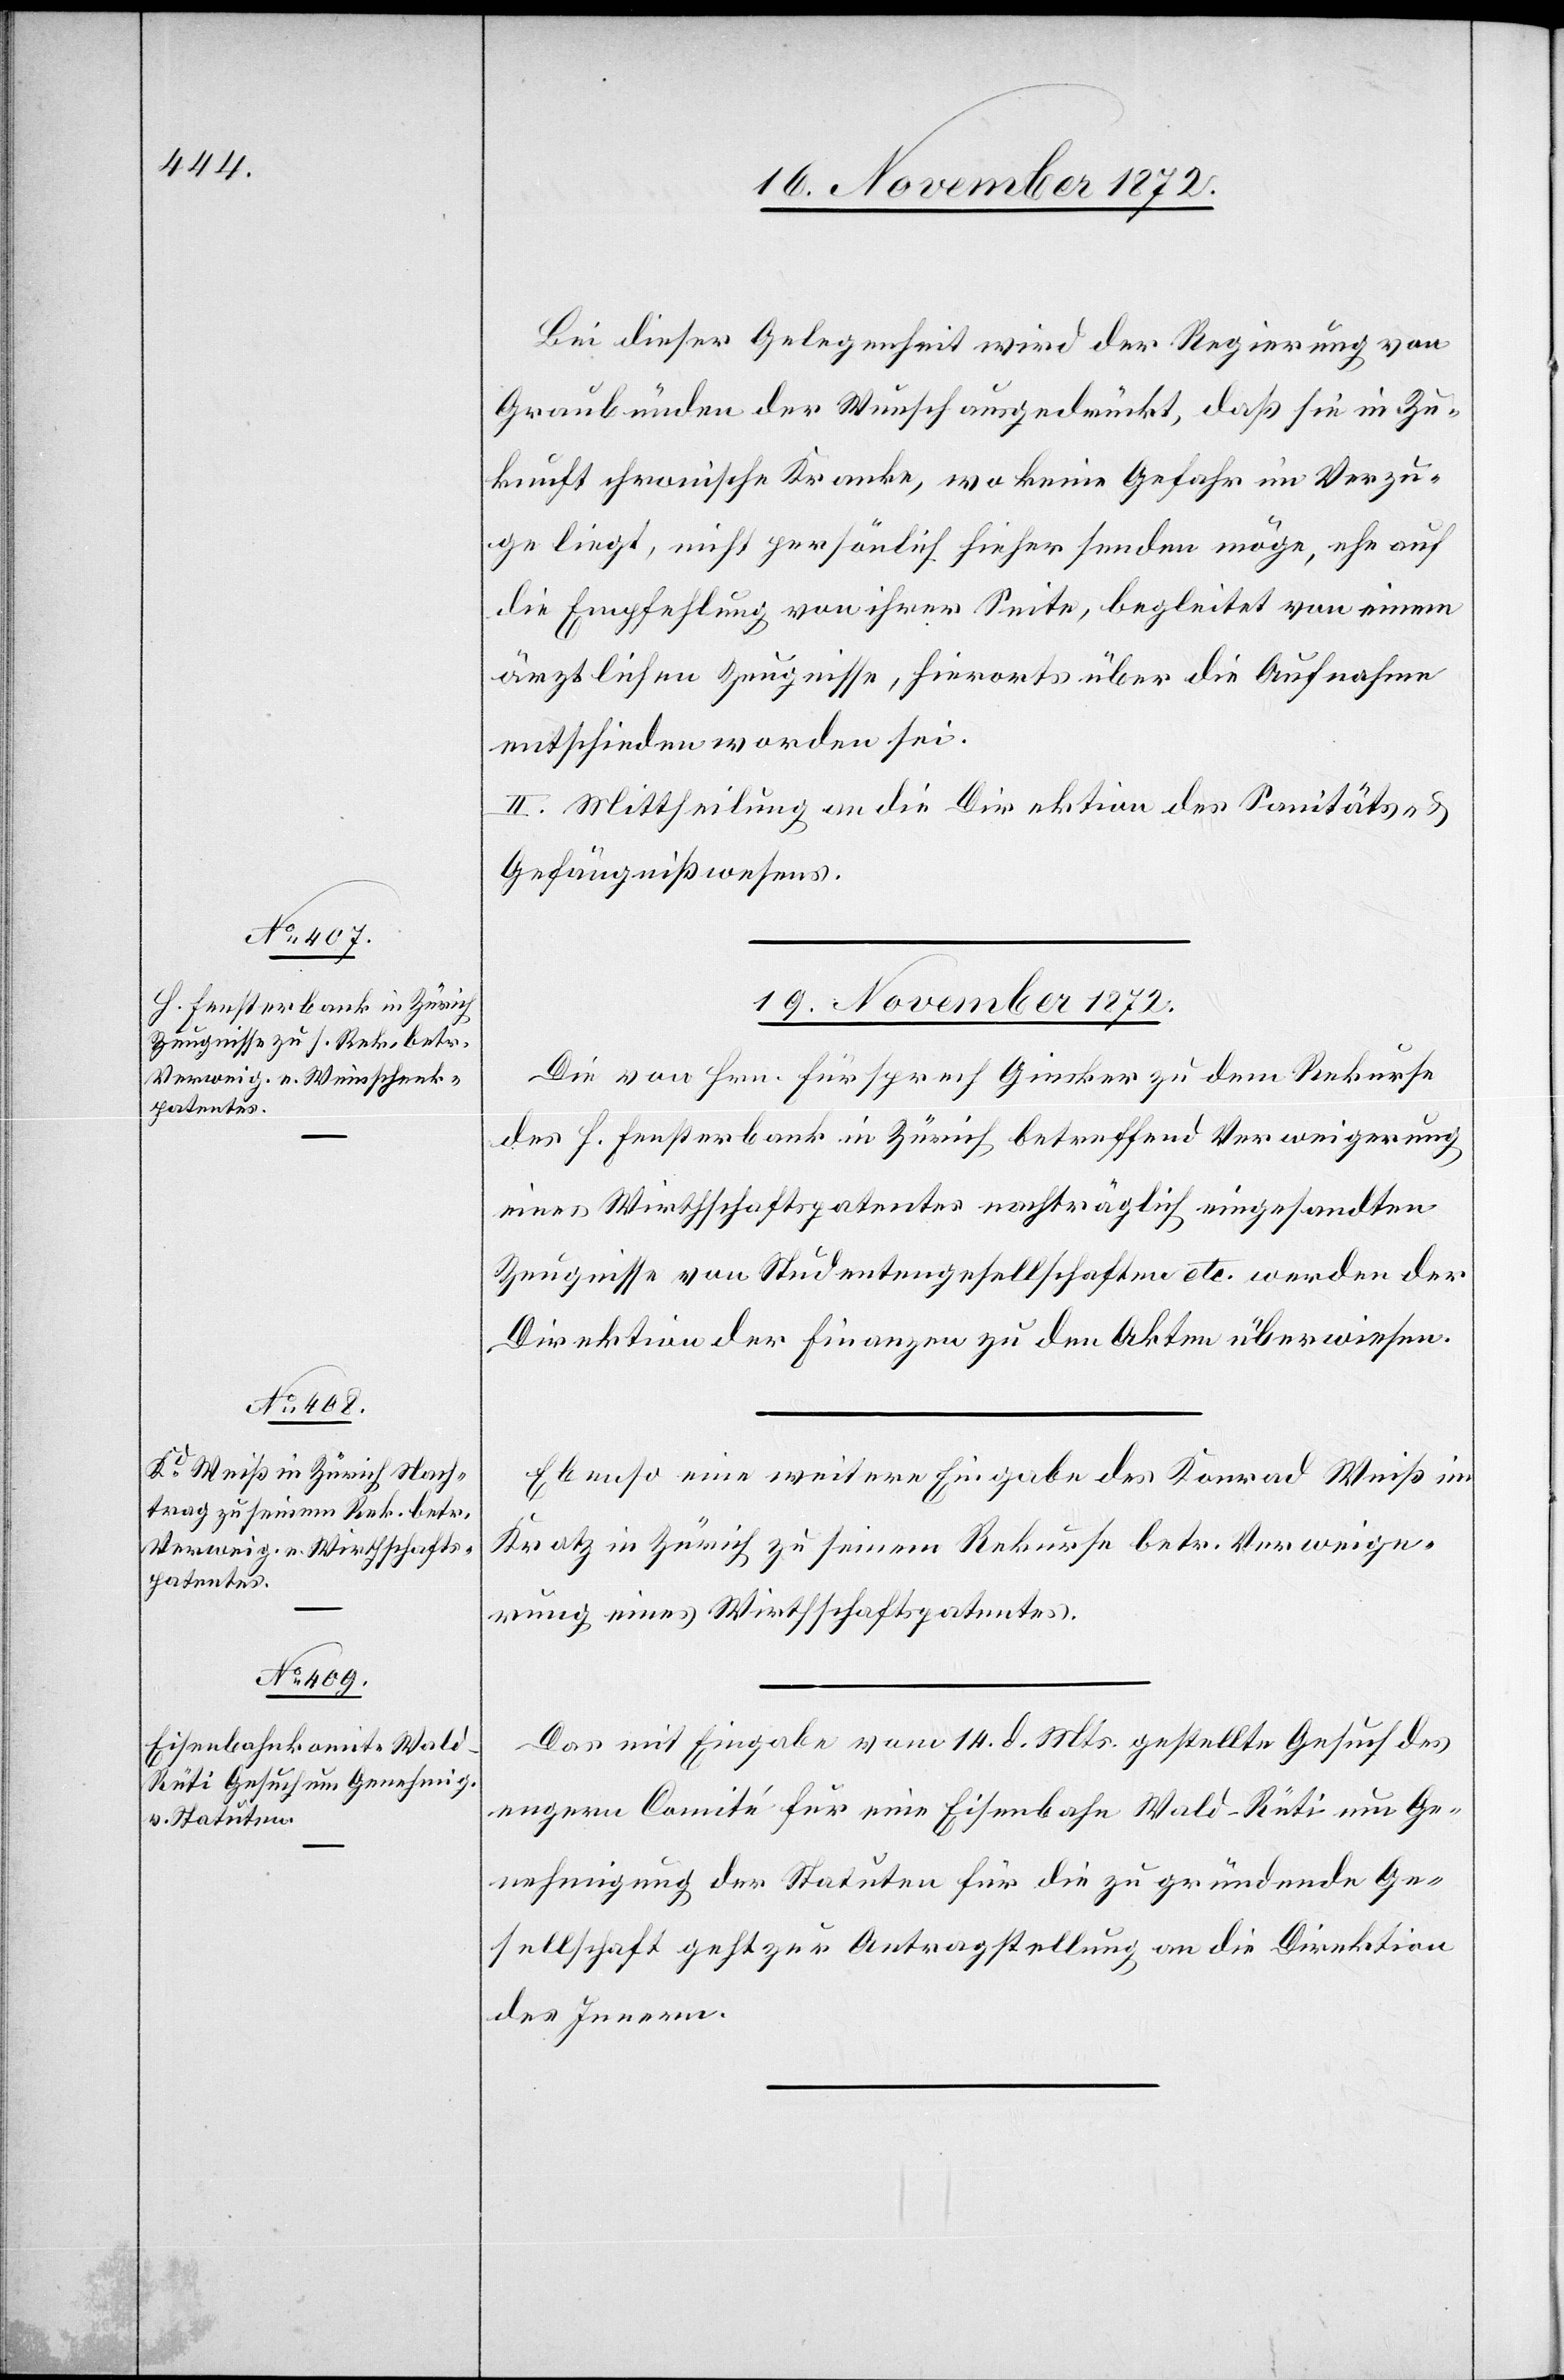
19. November 1872.]
Bei dieser Gelegenheit wird der Regierung von
Graubünden der Wunsch ausgedrückt, daß sie in Zu¬
kunft chronische Kranke, wo keine Gefahr im Verzu¬
ge liegt, nicht persönlich hieher senden möge, ehe auf
die Empfehlung von ihrer Seite, begleitet von einem
ärztlichen Zeugnisse, hierorts über die Aufnahme
entschieden worden sei.
II. Mittheilung an die Direktion des Sanitäts- u.
Gefängnißwesens.
19. November 1872.
Die von Hrn. Fürsprech Gieskher zu dem Rekurse
des H. Fensterbank in Zürich betreffend Verweigerung
eines Wirthschaftspatentes nachträglich eingesandten
Zeugnisse von Studentengesellschaften etc. werden der
Direktion der Finanzen zu den Akten überwiesen.
Ebenso eine weitere Eingabe des Konrad Weiß im
Kratz in Zürich zu seinem Rekurse betr. Verweige¬
rung eines Wirthschaftspatentes.
Das mit Eingabe vom 14. d. Mts. gestellte Gesuch des
engern Comité für eine Eisenbahn Wald-Rüti um Ge¬
nehmigung der Statuten für die zu gründende Ge¬
sellschaft geht zur Antragstellung an die Direktion
des Innern.